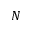
N